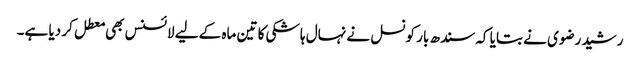
رشید رضوی نے بتایا کہ سندھ بار کونسل نے نہال ہاشکی کا تین ماہ کے لیے لائسنس بھی معطل کر دیا ہے۔